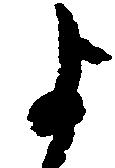
よ